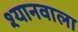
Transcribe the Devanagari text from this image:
श्यानवाला